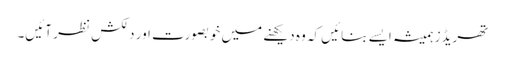
تھریڈز ہمیشہ ایسے بنائیں کہ وہ دیکھنے میں خوبصورت اور دلکش نظر آئیں۔